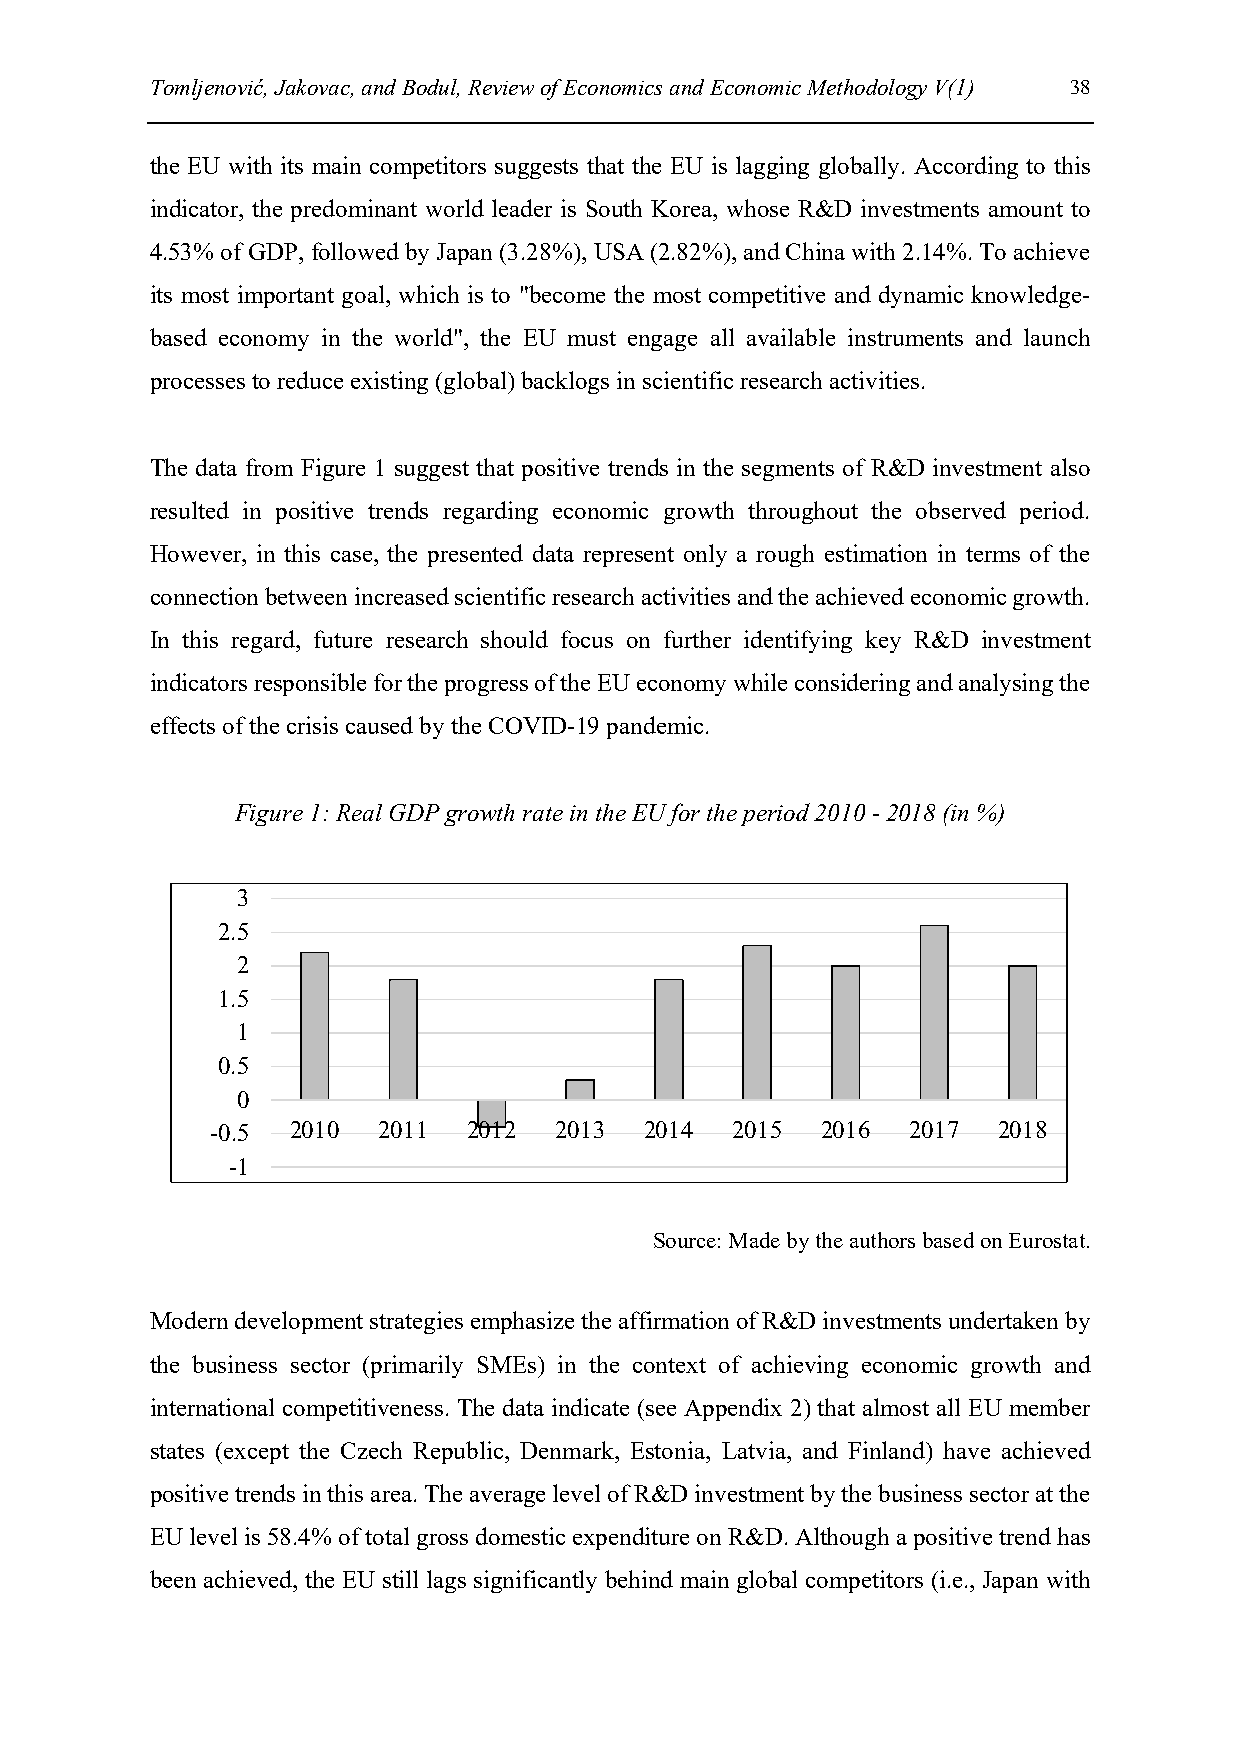
Tomljenović, Jakovac, and Bodul, Review of Economics and Economic Methodology V(1) 38
 the EU with its main competitors suggests that the EU is lagging globally. According to this
 indicator, the predominant world leader is South Korea, whose R&D investments amount to
 4.53% of GDP, followed by Japan (3.28%), USA (2.82%), and China with 2.14%. To achieve
 its most important goal, which is to "become the most competitive and dynamic knowledge-
 based economy in the world", the EU must engage all available instruments and launch
 processes to reduce existing (global) backlogs in scientific research activities.
 The data from Figure 1 suggest that positive trends in the segments of R&D investment also
 resulted in positive trends regarding economic growth throughout the observed period.
 However, in this case, the presented data represent only a rough estimation in terms of the
 connection between increased scientific research activities and the achieved economic growth.
 In this regard, future research should focus on further identifying key R&D investment
 indicators responsible for the progress of the EU economy while considering and analysing the
 effects of the crisis caused by the COVID-19 pandemic.
 Figure 1: Real GDP growth rate in the EU for the period 2010 - 2018 (in %)
 3
 2.5
 2
 1.5
 1
 0.5
 0
 -0.5 2010  2011  2012  2013  2014 2015  2016  2017  2018
 -1
 Source: Made by the authors based on Eurostat.
 Modern development strategies emphasize the affirmation of R&D investments undertaken by
 the business sector (primarily SMEs) in the context of achieving economic growth and
 international competitiveness. The data indicate (see Appendix 2) that almost all EU member
 states (except the Czech Republic, Denmark, Estonia, Latvia, and Finland) have achieved
 positive trends in this area. The average level of R&D investment by the business sector at the
 EU level is 58.4% of total gross domestic expenditure on R&D. Although a positive trend has
 been achieved, the EU still lags significantly behind main global competitors (i.e., Japan with